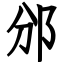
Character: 邠